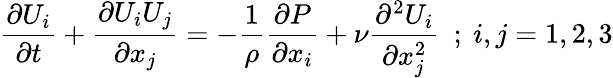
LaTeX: {\frac{\partial U_{i}}{\partial t}}+{\frac{\partial U_{i}U_{j}}{\partial x_{j}}}=-{\frac{1}{\rho}}{\frac{\partial P}{\partial x_{i}}}+\nu{\frac{\partial^{2}U_{i}}{\partial x_{j}^{2}}}~~;~i,j=1,2,3